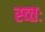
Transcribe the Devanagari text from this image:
स्व्तः